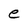
Character: e